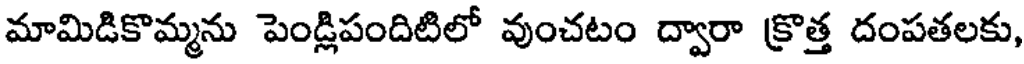
మామిడికొమ్మను పెండ్లిపందిటిలో వుంచటం ద్వారా క్రొత్త దంపతలకు,